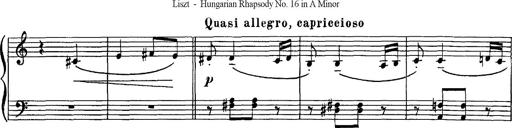
Title: Hungarian Rhapsody No.16
Composer: Franz Liszt
Key: A minor